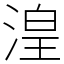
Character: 湟